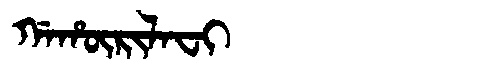
Manchu: ᡤᠠᡥᡡᡵᡳᠯᠠᠸᡳ
Romanization: GAHŪRILAFI